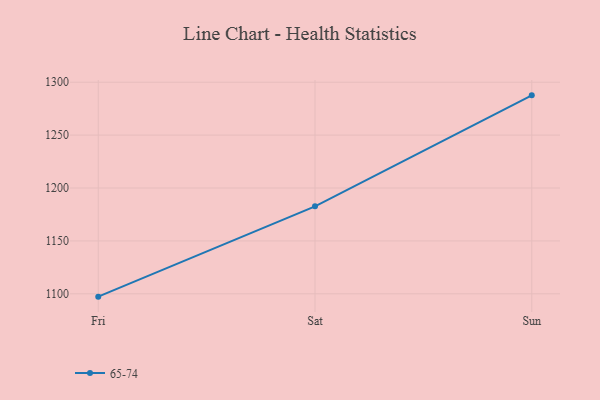
{"axis": {"x": "Day", "y": "Waste Production (Tons)"}, "legend": ["65-74"], "data": [{"x": "Fri", "y": 1097.3, "type": "65-74"}, {"x": "Sat", "y": 1182.7, "type": "65-74"}, {"x": "Sun", "y": 1287.6, "type": "65-74"}]}